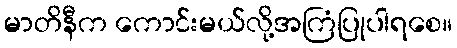
မာတိနီက ကောင်းမယ်လို့အကြံပြုပါရစေ။